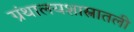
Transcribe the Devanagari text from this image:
ग्रंथालयशास्त्रातली